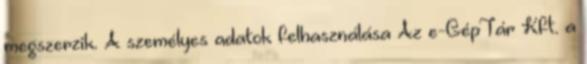
megszerzik. A személyes adatok felhasználása Az e-GépTár Kft. a